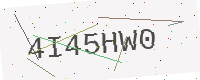
Text: 4I45HW0